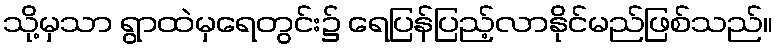
သို့မှသာ ရွာထဲမှရေတွင်း၌ ရေပြန်ပြည့်လာနိုင်မည်ဖြစ်သည်။